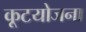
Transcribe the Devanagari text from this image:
कूटयोजना